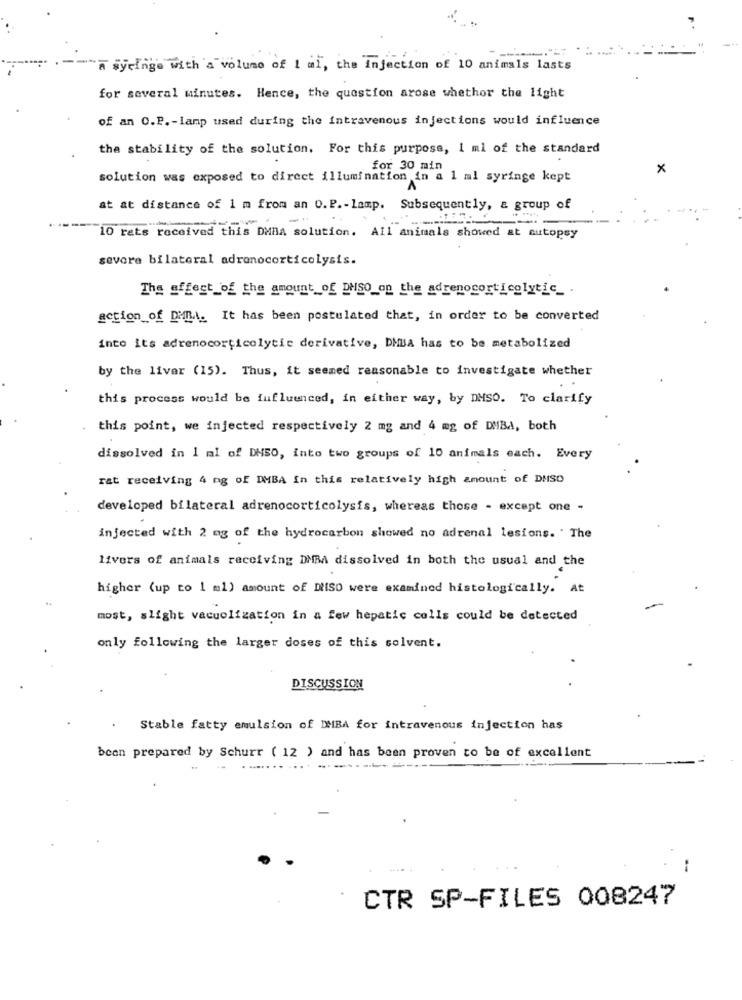
a syringe with a volume of 1 ml, the Injection of 10 animals lasts
for several minutes. Hence, the question arose whether the light
of an O.P. - lamp used during the intravenous injections would influence
the stability of the solution. For this purpose, 1 ml of the standard
for 30 min
x
solution was exposed to direct illumination in a 1 ml syringe kept
at at distance of 1 m from an O.P .- lamp. Subsequently, a group of
10 rats received this DMnA solution. All animals showed at autopsy
sevore bilateral adrenocorticolysis.
The effect of the amount of puSO on the adrenocorticolytic_ .
action_of DMMA. It has been postulated that, in order to be converted
into its adrenocorticolytic derivative, DMBA has to be metabolized
by the liver (15). Thus, it seemed reasonable to investigate whether
this process would be fufluenced, in either way, by DMSO. To clarify
this point, we injected respectively 2 mg and 4 mg of DMBA, both
dissolved in 1 ml of DHSO, into two groups of 10 animals each. Every
rat receiving 4 mg of DMBA In this relatively high amount of DMSO
developed bilateral adrenocorticolysis, whereas those - except one -
infected with 2 og of the hydrocarbon showed no adrenal lesions. The
livers of animals receiving DMBA dissolved in both the usual and the
higher (up to 1 ml) amount of DISO were examined histologically. At
#4
most, slight vacuolization in a few hepatic colls could be detected
only following the larger doses of this solvent.
DISCUSSION
Stable fatty emulsion of DMBA for intravenous injection has
been prepared by Schurr ( 12 ) and has been proven to be of excellent
........
--
CTR SP-FILES 008247